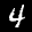
Label: 4